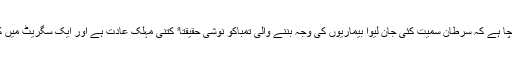
کیا آپ نے کبھی سوچا ہے کہ سرطان سمیت کئی جان لیوا بیماریوں کی وجہ بننے والی تمباکو نوشی حقیقتاﹰ کتنی مہلک عادت ہے اور ایک سگریٹ میں کیا کیا کچھ ہوتا ہے؟